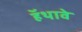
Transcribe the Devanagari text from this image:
हॅथावे